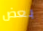
بعض